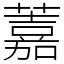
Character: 䕒